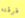
فرقته